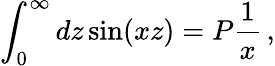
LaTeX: \int_{0}^{\infty}dz\sin(xz)=P\frac{1}{x}\, ,